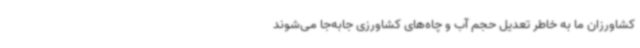
کشاورزان ما به خاطر تعدیل حجم آب و چاه‌های کشاورزی جابه‌جا می‌شوند